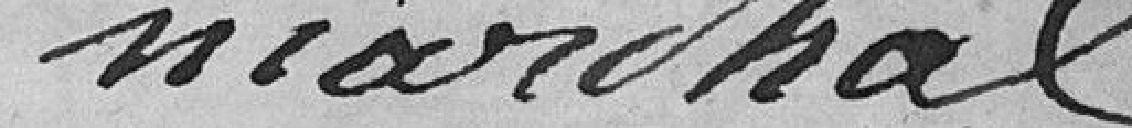
Marchal